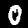
Digit: 0